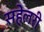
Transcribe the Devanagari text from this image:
सहेलरी